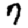
Digit: 7